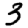
Digit: 3